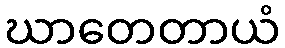
ဃာတေတာယံ